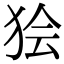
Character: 狯